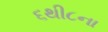
૬થી૮ના